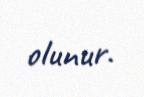
olunur.